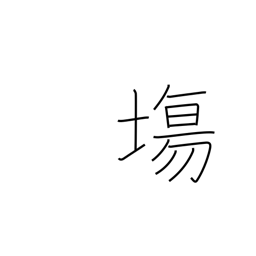
Meaning: open space